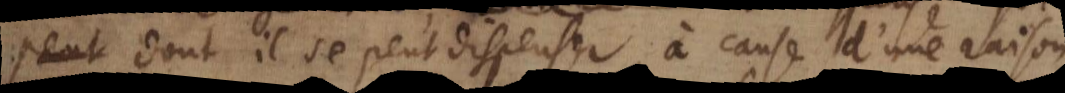
dont il se peut dispenser, à cause d’une raison